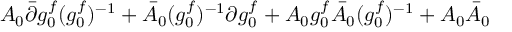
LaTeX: A _ { 0 } \bar { \partial } g _ { 0 } ^ { f } ( { g _ { 0 } ^ { f } } ) ^ { - 1 } + \bar { A } _ { 0 } ( { g _ { 0 } ^ { f } } ) ^ { - 1 } \partial g _ { 0 } ^ { f } + A _ { 0 } g _ { 0 } ^ { f } \bar { A } _ { 0 } ( { g _ { 0 } ^ { f } } ) ^ { - 1 } + A _ { 0 } \bar { A } _ { 0 }